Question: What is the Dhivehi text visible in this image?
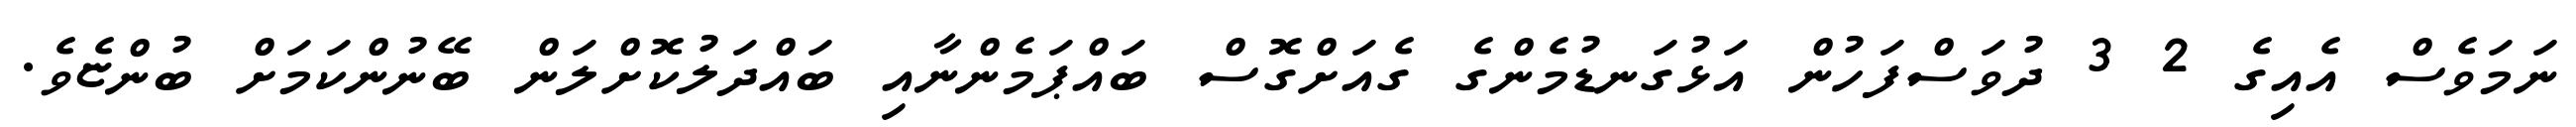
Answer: ނަމަވެސް އެއިގެ 2 3 ދުވަސްފަހުން އަޅުގަނޑުމެންގެ ގެއަށްގޮސް ބައްޕަމެންނާއި ބައްދަލުކޮށްލަން ބޭނުންކަމަށް ބުންޏެވެ.